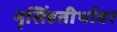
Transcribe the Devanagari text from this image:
नृसिंहतीर्थावर